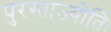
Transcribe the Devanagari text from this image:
पुरस्ताज्योतिः